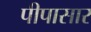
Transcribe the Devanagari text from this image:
पीपासार